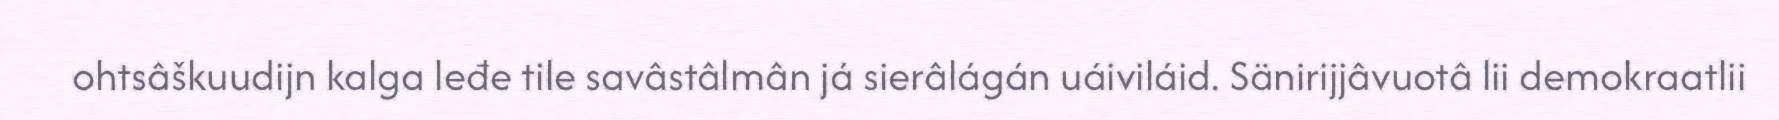
ohtsâškuudijn kalga leđe tile savâstâlmân já sierâlágán uáiviláid. Sänirijjâvuotâ lii demokraatlii